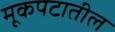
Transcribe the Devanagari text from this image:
मूकपटातील